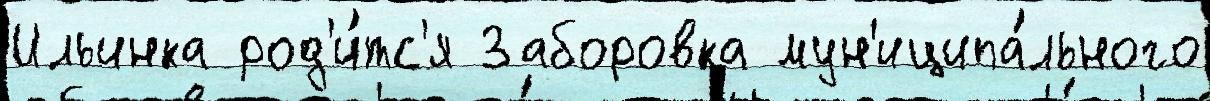
Ильинка род'и́тс'я Заборовка мун'иципа́льного